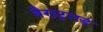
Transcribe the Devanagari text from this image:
वैराट्गड